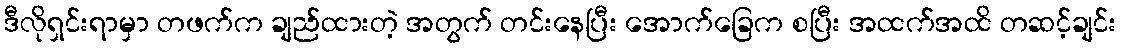
ဒီလိုရှင်းရာမှာ တဖက်က ချည်ထားတဲ့ အတွက် တင်းနေပြီး အောက်ခြေက စပြီး အထက်အထိ တဆင့်ချင်း